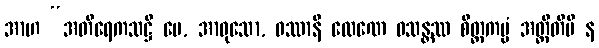
အာဟ “အတိရေကသဋ္ဌိ မေ, အာဝုသော, ဝဿာနိ လေဏေ ဝသန္တဿ စိတ္တကမ္မံ အတ္ထီတိပိ န